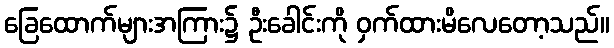
ခြေထောက်များအကြား၌ ဦးခေါင်းကို ဝှက်ထားမိလေတော့သည်။